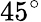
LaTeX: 45^{\circ}